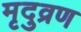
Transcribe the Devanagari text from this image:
मृदुव्रण